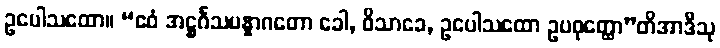
ဥပေါသထော။ “ဧဝံ အဋ္ဌင်္ဂသမန္နာဂတော ခေါ, ဝိသာခေ, ဥပေါသထော ဥပဝုတ္ထော”တိအာဒီသု